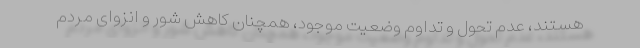
هستند، عدم تحول و تداوم وضعیت موجود، همچنان کاهش شور و انزوای مردم